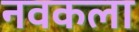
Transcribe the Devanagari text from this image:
नवकला